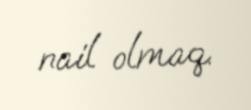
nail olmaq.